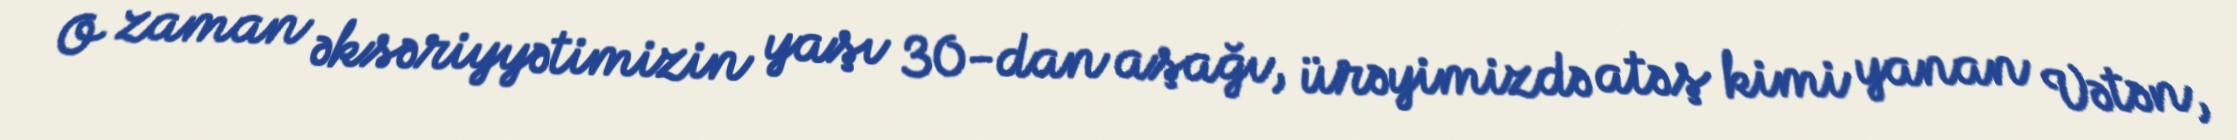
O zaman əksəriyyətimizin yaşı 30-dan aşağı, ürəyimizdə atəş kimi yanan Vətən,